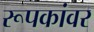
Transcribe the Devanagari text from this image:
रूपकांवर